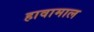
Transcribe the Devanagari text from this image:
हावामाल